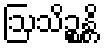
ဩသိဉ္စန္တိ